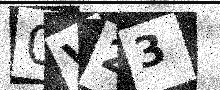
Text: 0V23